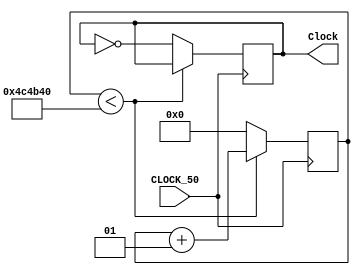
module ClkDiv(
	input CLOCK_50,
	output reg Clock
);

	//integer value = 25000000;
	integer value = 5000000;
	integer count;
	
	always@(posedge CLOCK_50)begin
		if (count < value) begin
			count = count + 1;
			end
		else begin
			Clock = ~Clock;
			count = 0;
		end
	end
	
 endmodule